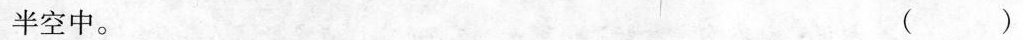
半空中。 ( )